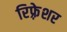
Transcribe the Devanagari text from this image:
रिफ़्रेशर